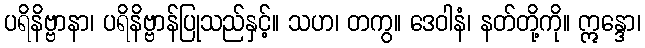
ပရိနိဗ္ဗာနာ၊ ပရိနိဗ္ဗာန်ပြုသည်နှင့်။ သဟ၊ တကွ။ ဒေဝါနံ၊ နတ်တို့ကို။ ဣန္ဒော၊